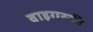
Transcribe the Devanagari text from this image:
वाइगस्की